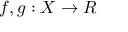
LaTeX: f , g : X \to R